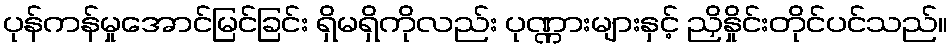
ပုန်ကန်မှုအောင်မြင်ခြင်း ရှိမရှိကိုလည်း ပုဏ္ဏားများနှင့် ညှိနှိုင်းတိုင်ပင်သည်။